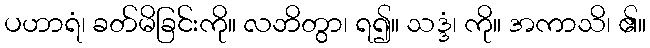
ပဟာရံ၊ ခတ်မိခြင်းကို။ လဘိတွာ၊ ရ၍။ သဒ္ဒံ၊ ကို။ အကာသိ၊ ၏။